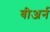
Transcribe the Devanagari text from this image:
बीअर्न